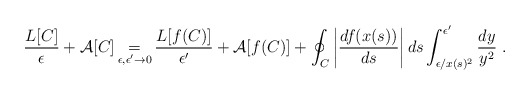
\begin{align*}\frac{L[C]}{\epsilon }+\mathcal{A}[C]\mathop {=}_{\epsilon ,\epsilon '\to 0}\frac{L[f(C)]}{\epsilon '}+\mathcal{A}[f(C)]+\oint _{C}\left| \frac{df(x(s))}{ds}\right| ds\int _{\epsilon /x(s)^{2}}^{\epsilon '}\frac{dy}{y^{2}}\; .\end{align*}